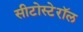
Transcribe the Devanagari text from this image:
सीटोस्टेरॉल